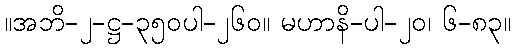
။အဘိ-၂-ဋ္ဌ-၃၅၀ပါ-၂၆၀။ မဟာနိ-ပါ-၂၀၊ ၆-၈၃။